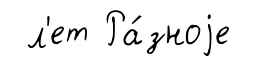
л'ет Ра́зноjе